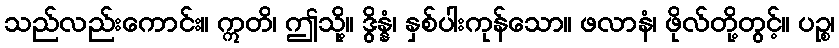
သည်လည်းကောင်း။ ဣတိ၊ ဤသို့။ ဒွိန္နံ၊ နှစ်ပါးကုန်သော။ ဖလာနံ၊ ဖိုလ်တို့တွင့်။ ပဉ္စ၊